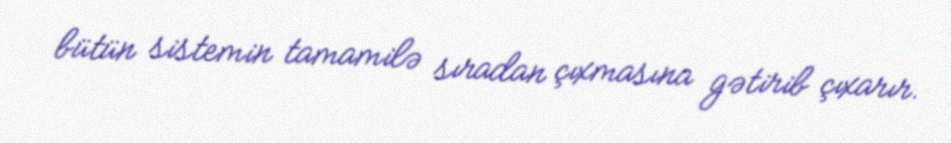
bütün sistemin tamamilə sıradan çıxmasına gətirib çıxarır.